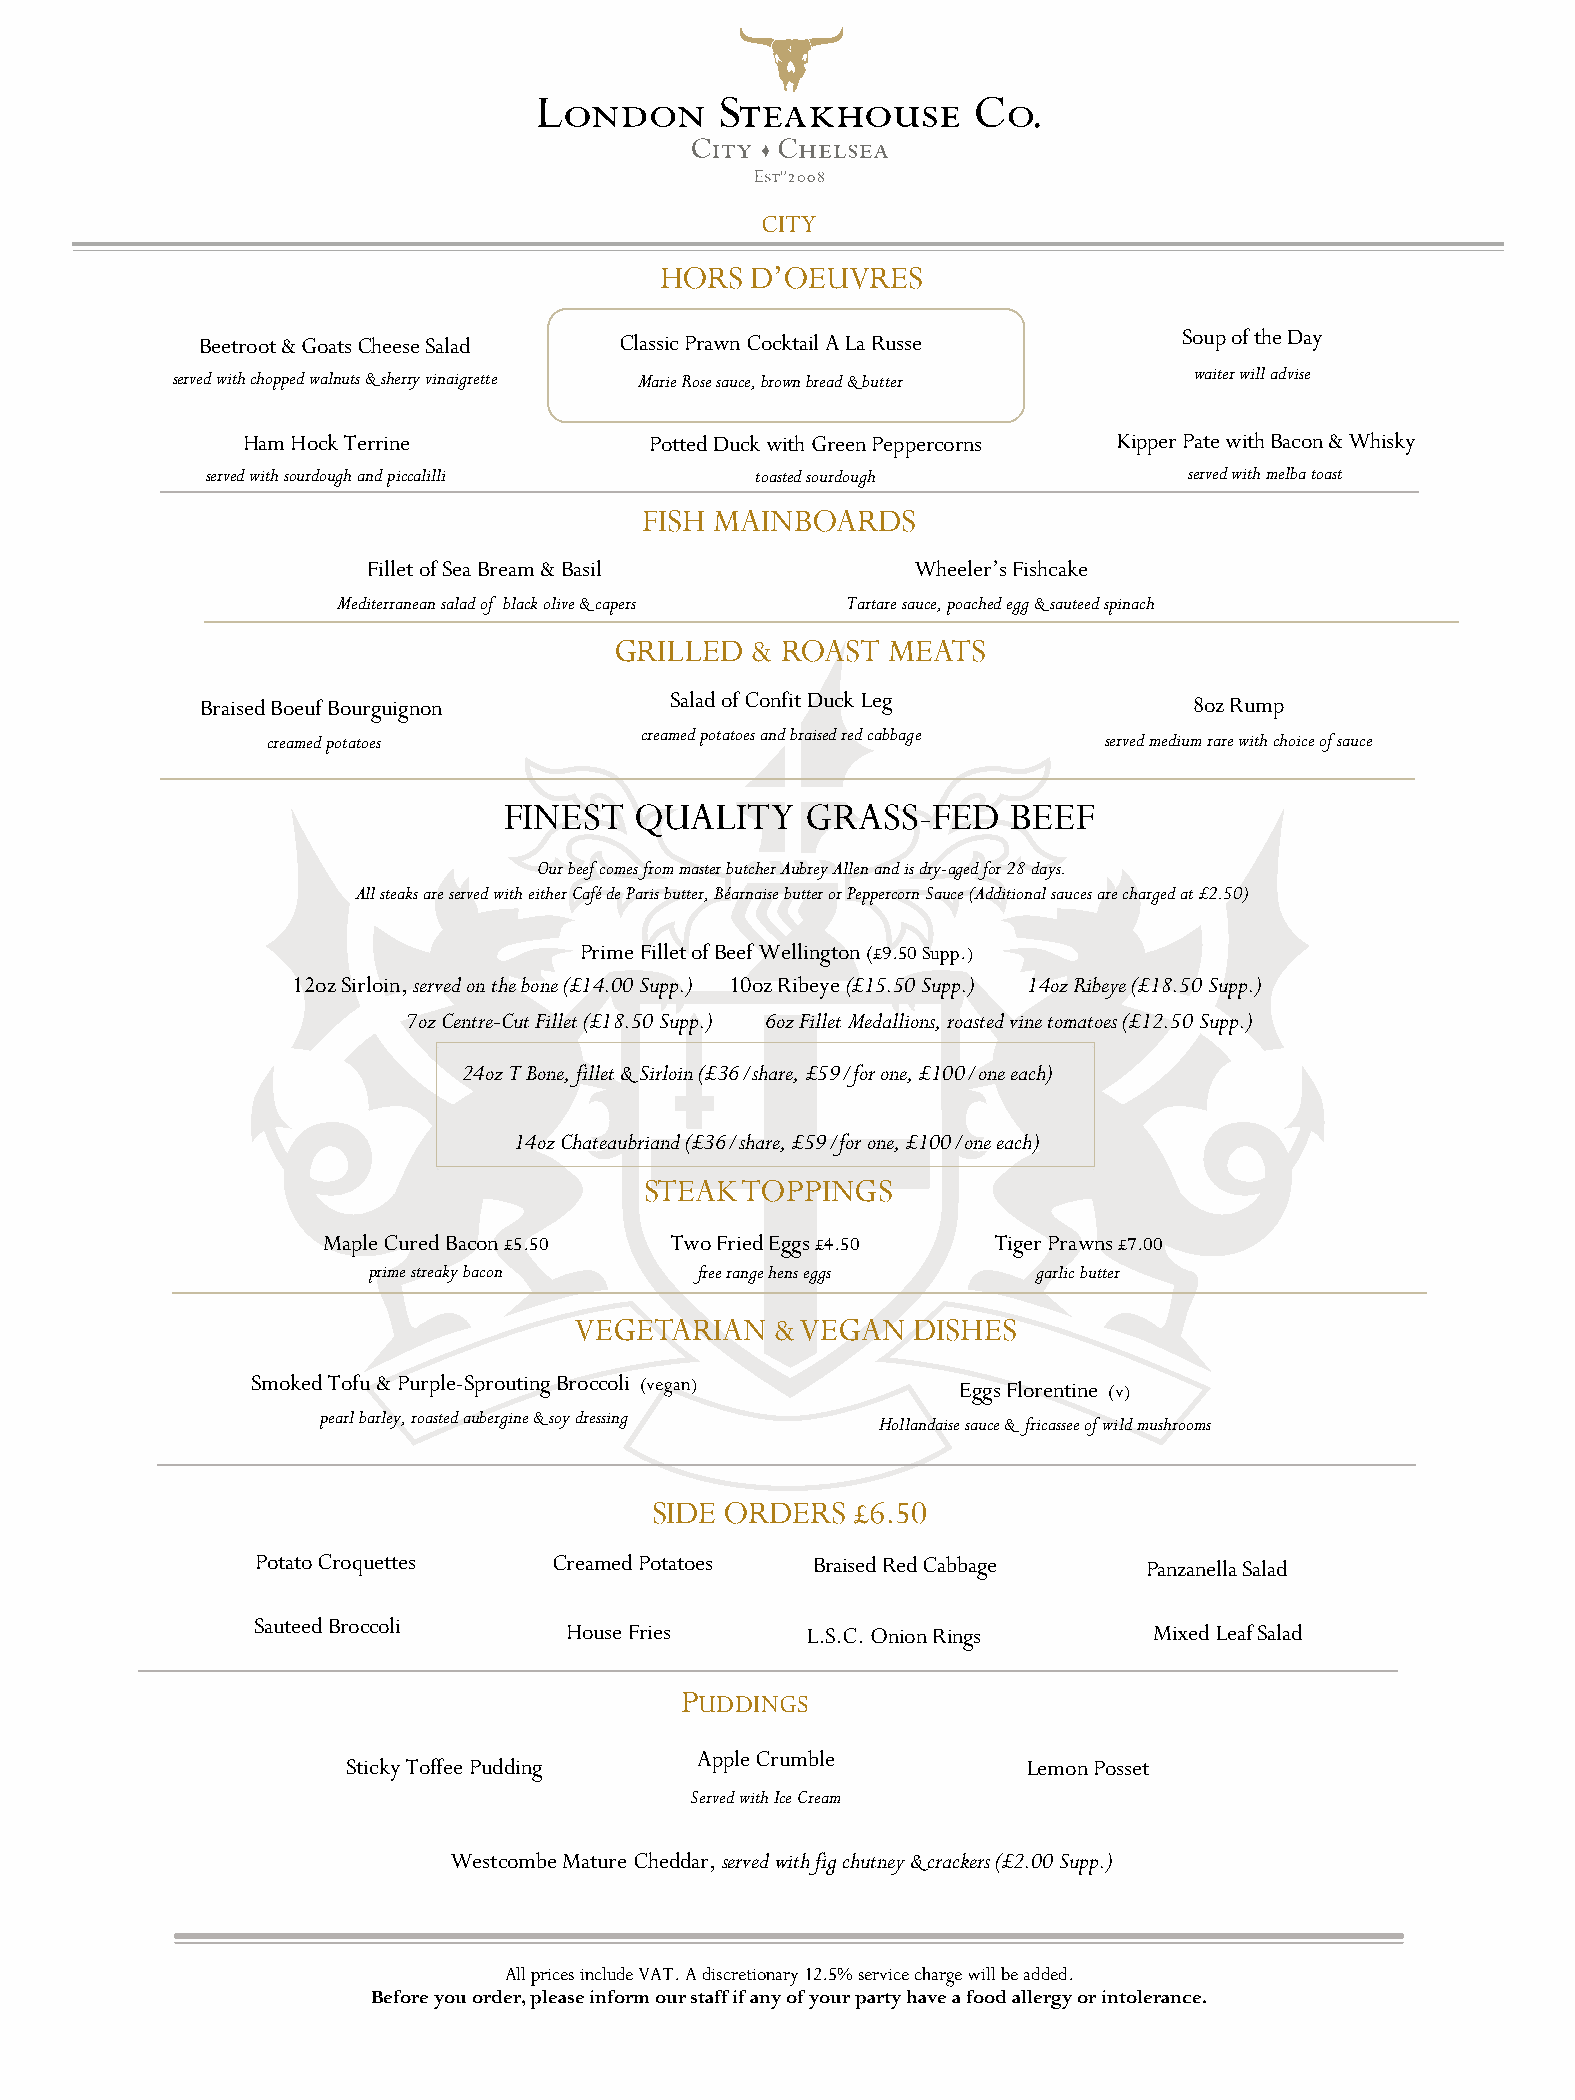
CITY
 HORS  D’OEUVRES
 Beetroot & Goats Cheese Salad Classic Prawn Cocktail A La Russe  Soup of the Day
 served with chopped walnuts & sherry vinaigrette Marie Rose sauce, brown bread & butter waiter will advise
 Ham Hock Terrine           Potted Duck with Green Peppercorns Kipper Pate with Bacon & Whisky
 served with sourdough and piccalilli toasted sourdough           served with melba toast
 FISH MAINBOARDS
 Fillet of Sea Bream & Basil          Wheeler’s Fishcake
 Mediterranean salad of black olive & capers Tartare sauce, poached egg & sauteed spinach
 GRILLED  & ROAST  MEATS
 Braised Boeuf Bourguignon      Salad of Confit Duck Leg           8oz Rump
 creamed potatoes        creamed potatoes and braised red cabbage served medium rare with choice of sauce
 FINEST   QUALITY    GRASS-FED     BEEF
 Our beef comes from master butcher Aubrey Allen and is dry-aged for 28 days.
 All steaks are served with either Café de Paris butter, Béarnaise butter or Peppercorn Sauce (Additional sauces are charged at £2.50)
 Prime Fillet of Beef Wellington (£9.50 Supp.)
 12oz Sirloin, served on the bone (£14.00 Supp.) 10oz Ribeye (£15.50 Supp.) 14oz Ribeye (£18.50 Supp.)
 7oz Centre-Cut Fillet (£18.50 Supp.) 6oz Fillet Medallions, roasted vine tomatoes (£12.50 Supp.)
 24oz T Bone, fillet & Sirloin (£36/share, £59/for one, £100/one each)
 14oz Chateaubriand (£36/share, £59/for one, £100/one each)
 STEAK TOPPINGS
 Maple Cured Bacon£5.50 Two Fried Eggs£4.50   Tiger Prawns£7.00
 prime streaky bacon   free range hens eggs   garlic butter
 VEGETARIAN   & VEGAN  DISHES
 Smoked Tofu & Purple-Sprouting Broccoli (vegan) Eggs Florentine (v)
 pearl barley, roasted aubergine & soy dressing
 Hollandaise sauce & fricassee of wild mushrooms
 SIDE ORDERS  £6.50
 Potato Croquettes   Creamed Potatoes Braised Red Cabbage   Panzanella Salad
 SauteedBroccoli     House Fries     L.S.C. Onion Rings     Mixed Leaf Salad
 PUDDINGS
 Apple Crumble
 Sticky Toffee Pudding                        Lemon Posset
 Served with Ice Cream
 WestcombeMature Cheddar, served with fig chutney & crackers (£2.00 Supp.)
 All prices include VAT. A discretionary 12.5% service charge will be added.
 Before you order, please inform our staff if any of your party have a food allergy or intolerance.